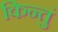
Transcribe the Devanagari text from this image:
किन्तुं